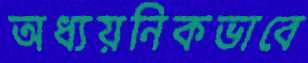
অধ্যয়নিকভাবে